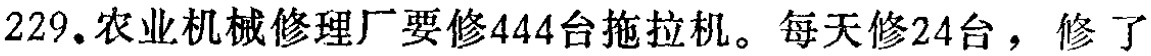
229.农业机械修理厂要修444台拖拉机。每天修24台，修了